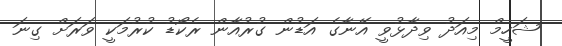
ޝަހީމް މިއަދު ވިދާޅުވީ އޭނާގެ އަޑުން ގުރުއާން ރެކޯޑު ކުރުމަކީ ވަރަށް ގިނަ